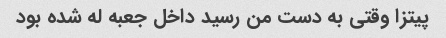
پیتزا وقتی به دست من رسید داخل جعبه له شده بود